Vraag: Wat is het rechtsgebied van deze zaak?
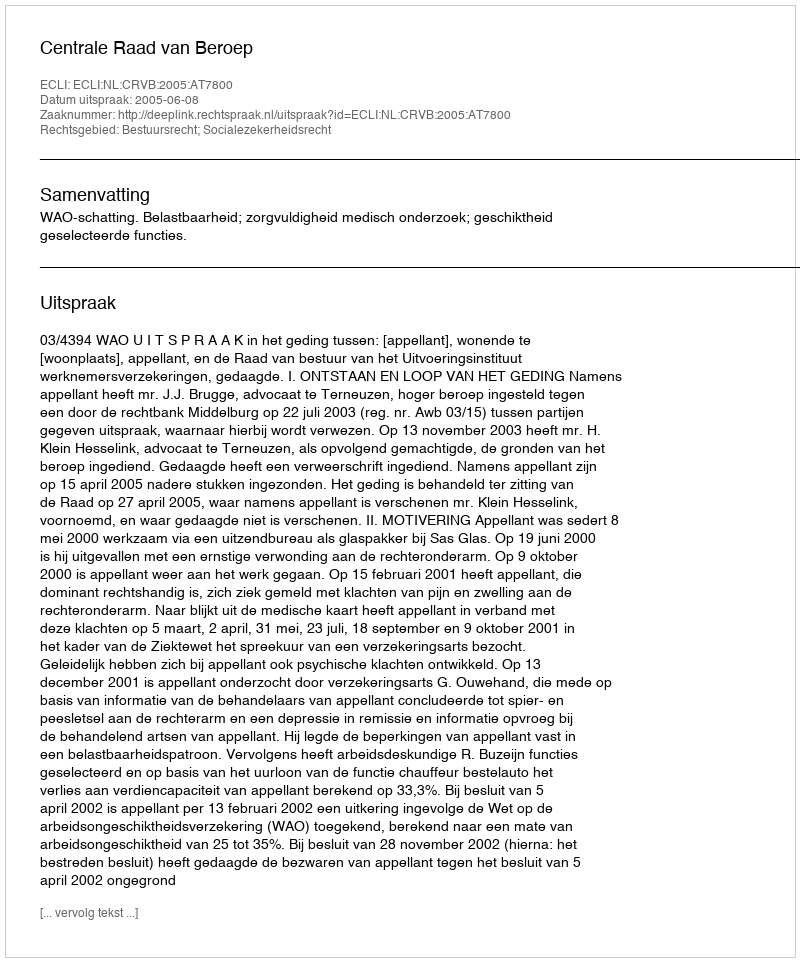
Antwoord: Bestuursrecht; Socialezekerheidsrecht